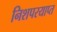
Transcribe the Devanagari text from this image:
निशपरयाप्त